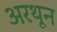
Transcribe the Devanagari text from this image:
अरथून